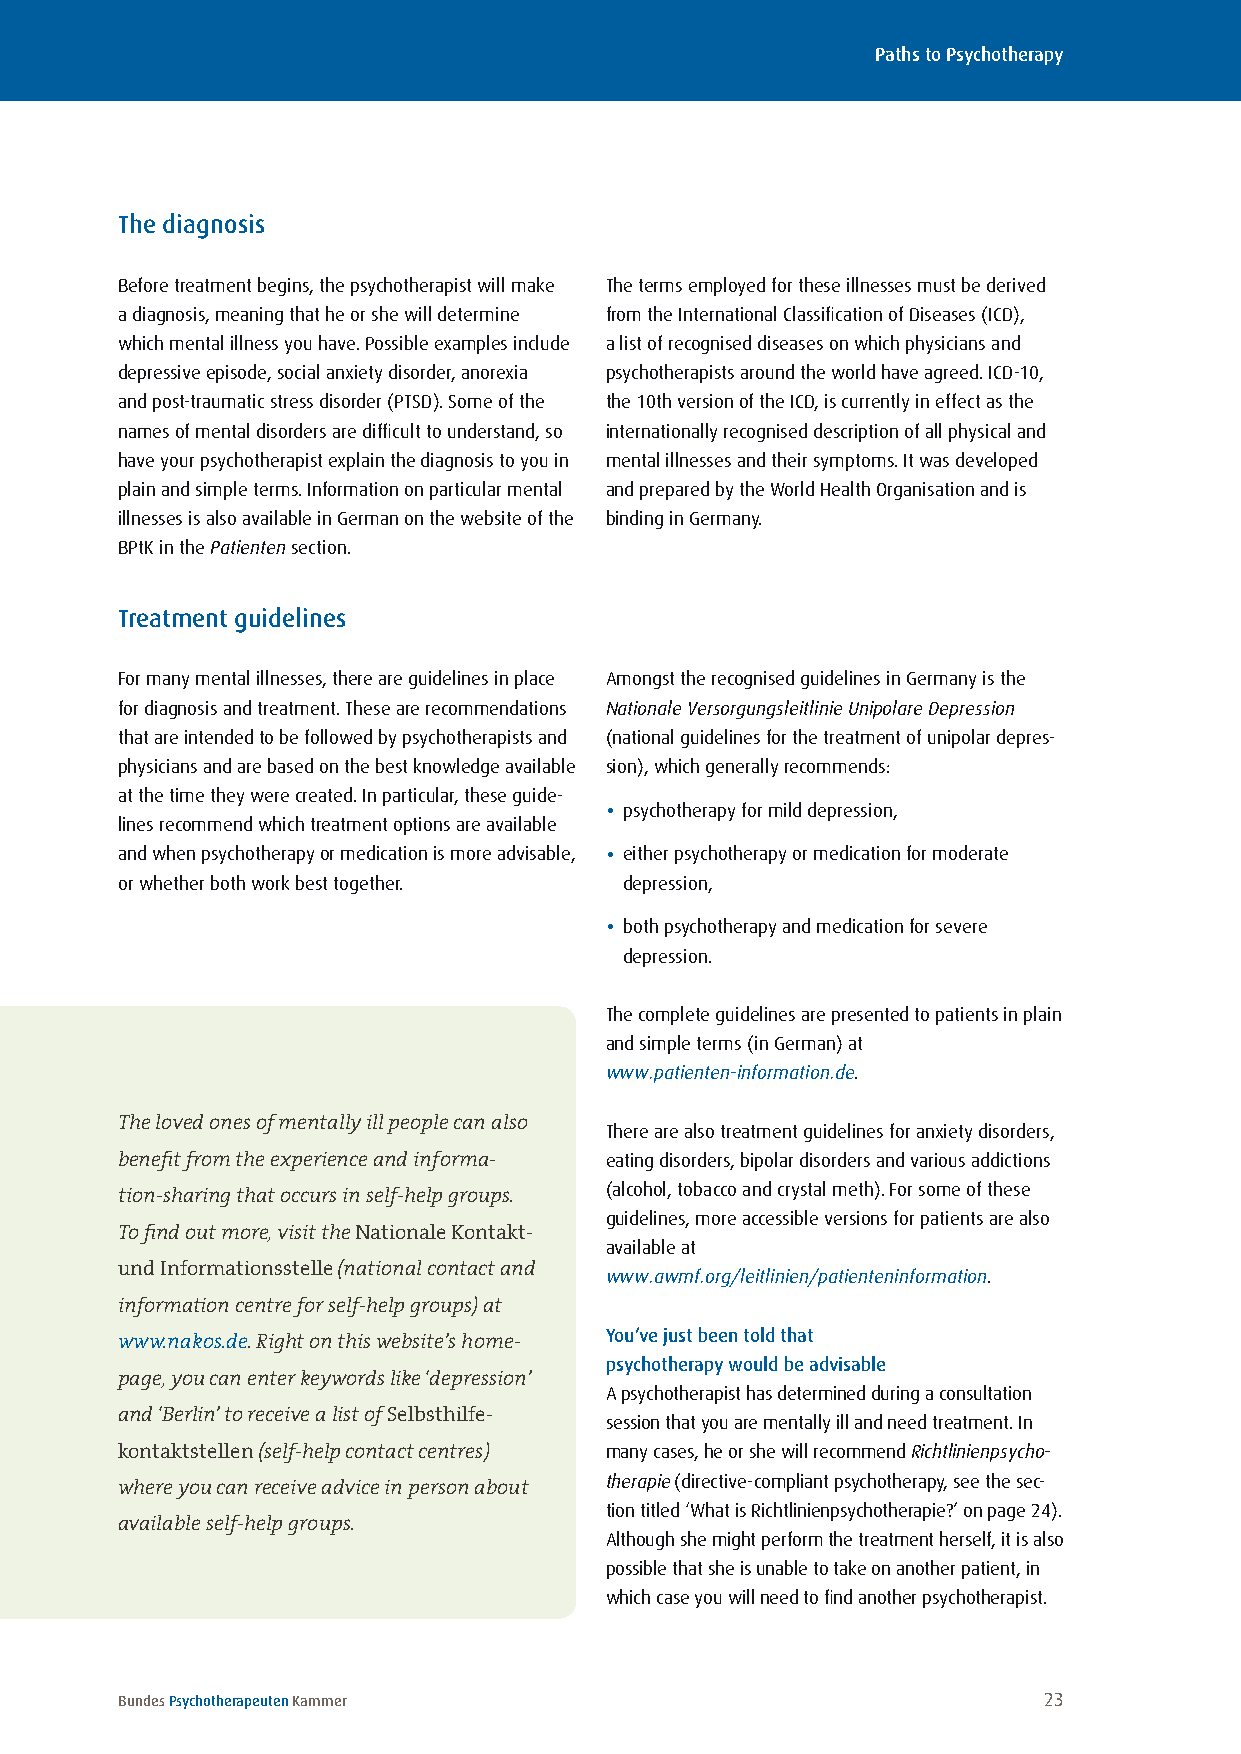
Paths to Psychotherapy
 The diagnosis
 Before treatment begins, the psychotherapist will make The terms employed for these illnesses must be derived
 a diagnosis, meaning that he or she will determine from the International Classification of Diseases (ICD),
 which mental illness you have . Possible examples include a list of recognised diseases on which physicians and
 depressive episode, social anxiety disorder, anorexia psychotherapists around the world have agreed . ICD-10,
 and post-traumatic stress disorder (PTSD) . Some of the the 10th version of the ICD, is currently in effect as the
 names of mental disorders are difficult to understand, so internationally recognised description of all physical and
 have your psychotherapist explain the diagnosis to you in mental illnesses and their symptoms . It was developed
 plain and simple terms . Information on particular mental and prepared by the World Health Organisation and is
 illnesses is also available in German on the website of the binding in Germany .
 BPtK in the Patienten section .
 Treatment guidelines
 For many mental illnesses, there are guidelines in place Amongst the recognised guidelines in Germany is the
 for diagnosis and treatment . These are recommendations Nationale Versorgungsleitlinie Unipolare Depression
 that are intended to be followed by psychotherapists and (national guidelines for the treatment of unipolar depres-
 physicians and are based on the best knowledge available sion), which generally recommends:
 at the time they were created . In particular, these guide-
 • psychotherapy for mild depression,
 lines recommend which treatment options are available
 and when psychotherapy or medication is more advisable, • either psychotherapy or medication for moderate
 or whether both work best together . depression,
 • both psychotherapy and medication for severe
 depression .
 The complete guidelines are presented to patients in plain
 and simple terms (in German) at
 Self-help                               www.patienten-information.de .
 Depending on your mental illness and personal The loved ones of mentally ill people can also There are also treatment guidelines for anxiety disorders,
 inclination, it might also be useful to join a self- benefit from the experience and informa- eating disorders, bipolar disorders and various addictions
 (alcohol, tobacco and crystal meth) . For some of these
 help group. In self-help groups, people who suffer tion-sharing that occurs in self-help groups.
 guidelines, more accessible versions for patients are also
 from the same illness or have similar issues share To find out more, visit the Nationale Kontakt-
 available at
 their experiences and help each other. They offer und Informationsstelle (national contact and www.awmf.org/leitlinien/patienteninformation .
 yet another opportunity to tackle your difficulties information centre for self-help groups) at
 You’ve just been told that
 yourself and find a solution. One of the most valu- www.nakos.de. Right on this website’s home-
 psychotherapy would be advisable
 able experiences in a self-help group is discovering page, you can enter keywords like ‘depression’
 A psychotherapist has determined during a consultation
 that there are many other people out there strug- and ‘Berlin’ to receive a list of Selbsthilfe- session that you are mentally ill and need treatment . In
 gling with the same difficulties. kontaktstellen (self-help contact centres) many cases, he or she will recommend Richtlinienpsycho-
 therapie (directive-compliant psychotherapy, see the sec-
 where you can receive advice in person about
 tion titled ‘What is Richtlinienpsychotherapie?’ on page 24) .
 available self-help groups.
 Although she might perform the treatment herself, it is also
 possible that she is unable to take on another patient, in
 which case you will need to find another psychotherapist .
 Bundes Psychotherapeuten Kammer                              23